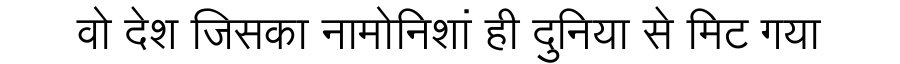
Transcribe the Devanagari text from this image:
वो देश जिसका नामोनिशां ही दुनिया से मिट गया